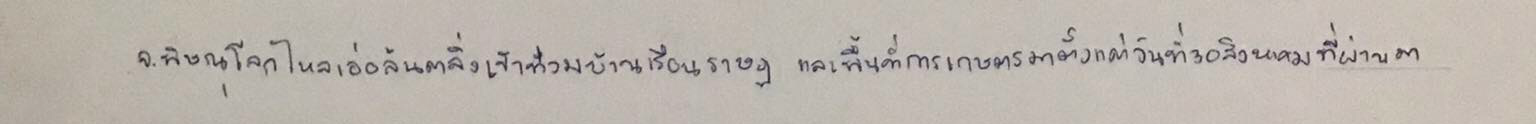
จ.พิษณุโลกไหลเอ่อล้นตลิ่งเข้าท่วมบ้านเรือนราษฎรและพื้นที่การเกษตรมาตั้งแต่วันที่30สิงหาคมที่ผ่านมา